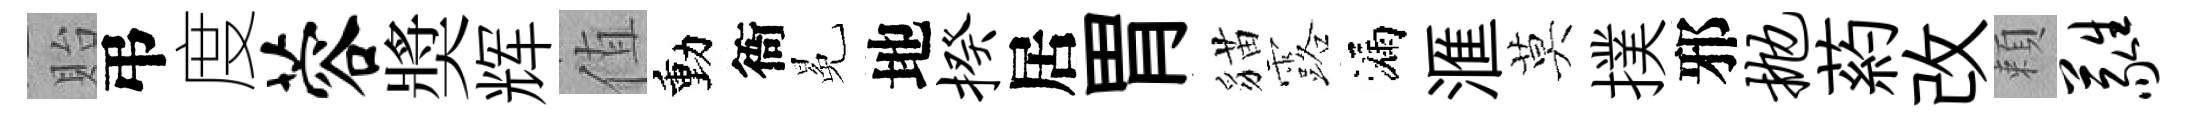
貽弔度蓉奬辉值動衙冕地揆居胃貓露漏滙莫撲邪抛葯改頼蕤